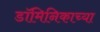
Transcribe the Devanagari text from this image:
डॉमिनिकाच्या